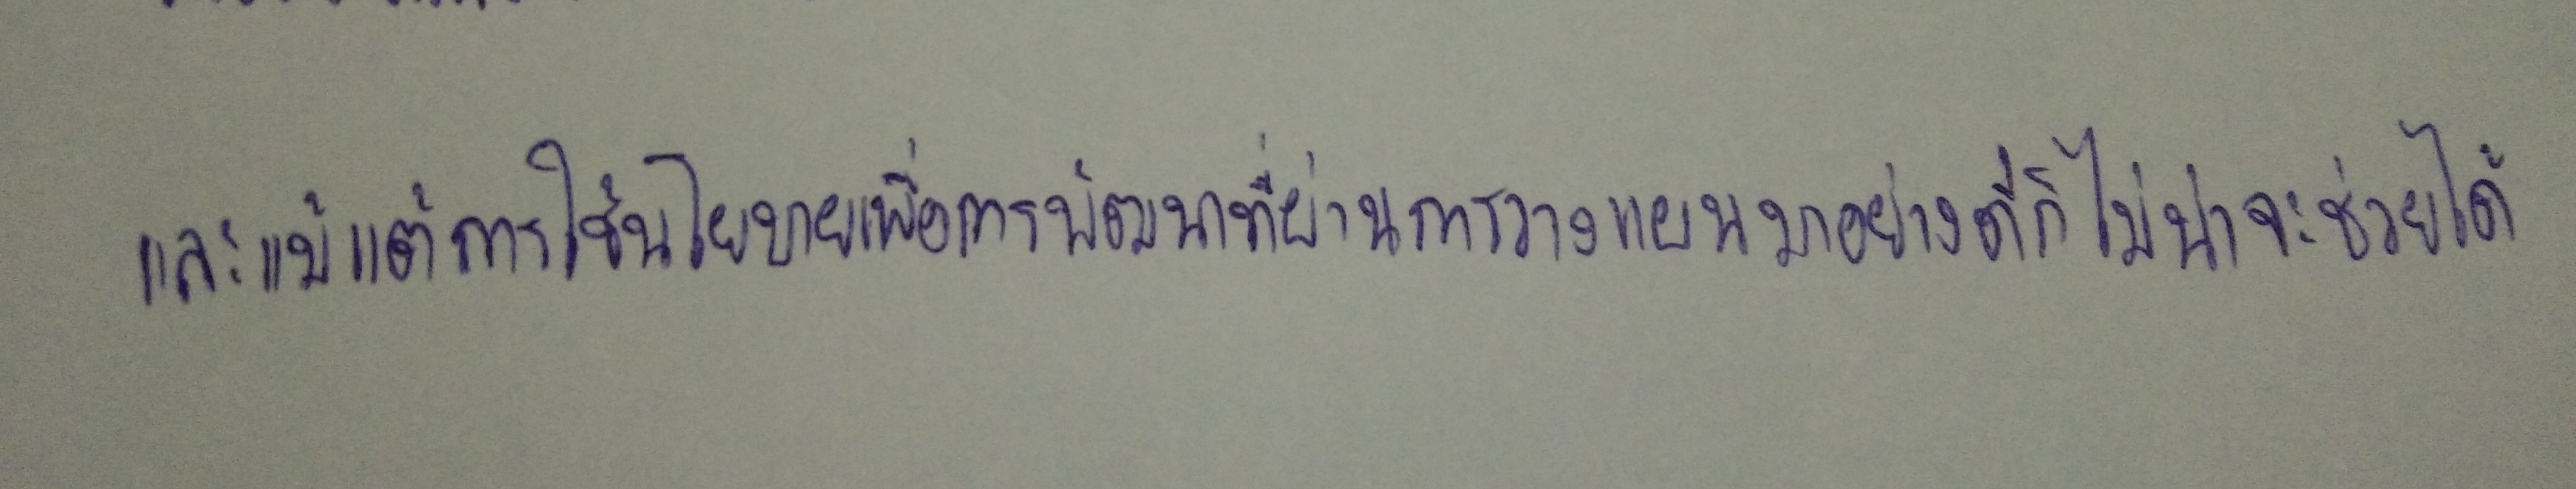
และแม้แต่การใช้นโยบายเพื่อการพัฒนาที่ผ่านการวางแผนมาอย่างดีก็ไม่น่าจะช่วยได้